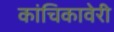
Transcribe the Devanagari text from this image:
कांचिकावेरी